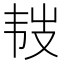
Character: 𩏾